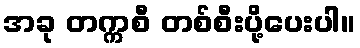
အခု တက္ကစီ တစ်စီးပို့ပေးပါ။